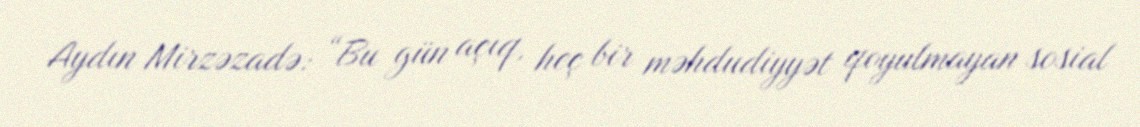
Aydın Mirzəzadə: “Bu gün açıq, heç bir məhdudiyyət qoyulmayan sosial